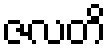
ဇလတိ